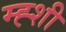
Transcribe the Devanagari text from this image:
म्ह्शी